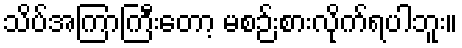
သိပ်အကြာကြီးတော့ မစဉ်းစားလိုက်ရပါဘူး။